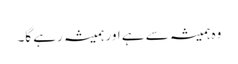
وہ ہمیشہ سے ہے اور ہمیشہ رہے گا۔